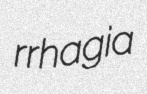
rrhagia